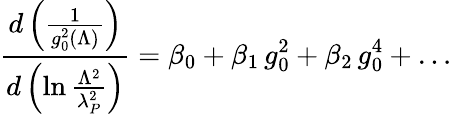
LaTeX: {\frac{d\left(\frac{1}{g_{0}^{2}(\Lambda)}\right)}{d\left(\ln{\frac{\Lambda^{2}}{\lambda_{P}^{2}}}\right)}}=\beta_{0}+{\beta_{1}}\, g_{0}^{2}+\beta_{2}\, g_{0}^{4}+\dots